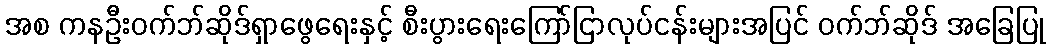
အစ ကနဦးဝက်ဘ်ဆိုဒ်ရှာဖွေရေးနှင့် စီးပွားရေးကြော်ငြာလုပ်ငန်းများအပြင် ဝက်ဘ်ဆိုဒ် အခြေပြု